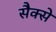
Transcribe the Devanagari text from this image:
सैक्से